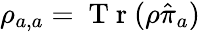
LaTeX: \rho_{a,a}=\mathrm{~T~r~}(\rho\hat{\pi}_{a})